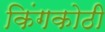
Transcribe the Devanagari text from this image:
किंगकोठी